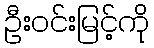
ဦးဝင်းမြင့်ကို